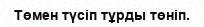
Төмен түсіп тұрды төніп.